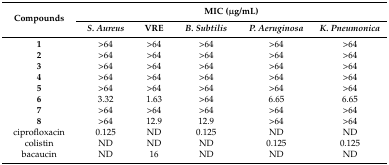
<table><thead><tr><td rowspan="2"><b>Compounds</b></td><td colspan="5"><b>MIC (μg/mL)</b></td></tr><tr><td><b><i>S. Aureus</i></b></td><td><b>VRE</b></td><td><b><i>B. Subtilis</i></b></td><td><b><i>P. Aeruginosa</i></b></td><td><b><i>K. Pneumonica</i></b></td></tr></thead><tbody><tr><td><b>1</b></td><td>&gt;64</td><td>&gt;64</td><td>&gt;64</td><td>&gt;64</td><td>&gt;64</td></tr><tr><td><b>2</b></td><td>&gt;64</td><td>&gt;64</td><td>&gt;64</td><td>&gt;64</td><td>&gt;64</td></tr><tr><td><b>3</b></td><td>&gt;64</td><td>&gt;64</td><td>&gt;64</td><td>&gt;64</td><td>&gt;64</td></tr><tr><td><b>4</b></td><td>&gt;64</td><td>&gt;64</td><td>&gt;64</td><td>&gt;64</td><td>&gt;64</td></tr><tr><td><b>5</b></td><td>&gt;64</td><td>&gt;64</td><td>&gt;64</td><td>&gt;64</td><td>&gt;64</td></tr><tr><td><b>6</b></td><td>3.32</td><td>1.63</td><td>&gt;64</td><td>6.65</td><td>6.65</td></tr><tr><td><b>7</b></td><td>&gt;64</td><td>&gt;64</td><td>&gt;64</td><td>&gt;64</td><td>&gt;64</td></tr><tr><td><b>8</b></td><td>&gt;64</td><td>12.9</td><td>12.9</td><td>&gt;64</td><td>&gt;64</td></tr><tr><td>ciprofloxacin</td><td>0.125</td><td>ND</td><td>0.125</td><td>ND</td><td>ND</td></tr><tr><td>colistin</td><td>ND</td><td>ND</td><td>ND</td><td>0.125</td><td>0.125</td></tr><tr><td>bacaucin</td><td>ND</td><td>16</td><td>ND</td><td>ND</td><td>ND</td></tr></tbody></table>